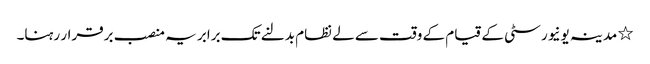
٭ مدینہ یونیورسٹی کے قیام کے وقت سے لے نظام بدلنے تک برابر یہ منصب برقرار رہنا۔